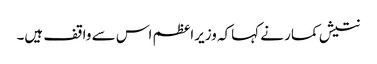
نتیش کمار نے کہاکہ وزیراعظم اس سے واقف ہیں۔